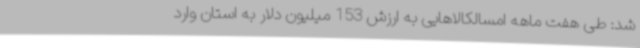
شد: طی هفت ماهه امسالکالاهایی به ارزش 153 میلیون دلار به استان وارد